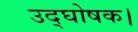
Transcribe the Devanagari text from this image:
उद्घोषक।